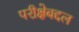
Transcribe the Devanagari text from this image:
परीक्षेबद्दल